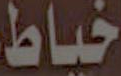
خیاط